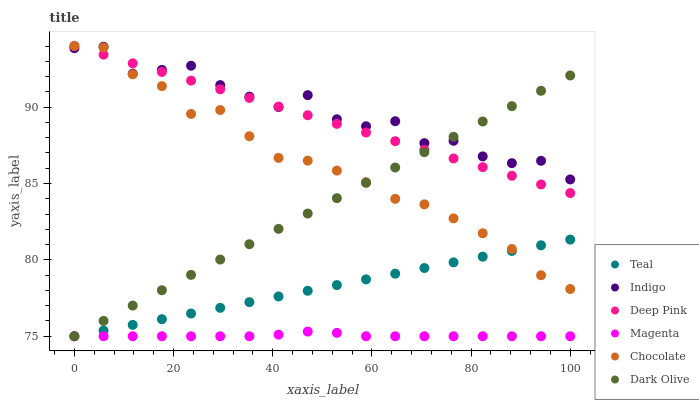
| xaxis_label | Teal | Indigo | Deep Pink | Magenta | Chocolate | Dark Olive |
 | --- | --- | --- | --- | --- | --- | --- |
 | 0 | 75 | 93.9 | 94 | 75 | 94 | 75 |
 | 5.88 | 75.4 | 94 | 93.4 | 75 | 93.9 | 76 |
 | 11.8 | 75.7 | 92.2 | 92.9 | 75 | 92.1 | 77 |
 | 17.6 | 76.1 | 92.4 | 92.3 | 75 | 91.4 | 78 |
 | 23.5 | 76.5 | 92.7 | 91.7 | 75 | 89.6 | 79 |
 | 29.4 | 76.9 | 91.4 | 91.2 | 75 | 89.8 | 80 |
 | 35.3 | 77.2 | 90.7 | 90.6 | 75 | 88.1 | 81 |
 | 41.2 | 77.6 | 90 | 90 | 75.1 | 86.7 | 82 |
 | 47.1 | 78 | 90.8 | 89.5 | 75.3 | 86.5 | 83 |
 | 52.9 | 78.3 | 89.2 | 88.9 | 75.2 | 85.8 | 84 |
 | 58.8 | 78.7 | 88.7 | 88.3 | 75 | 85.1 | 85 |
 | 64.7 | 79.1 | 89.1 | 87.8 | 75 | 84 | 86 |
 | 70.6 | 79.5 | 87.6 | 87.2 | 75 | 83.6 | 87.1 |
 | 76.5 | 79.8 | 87.8 | 86.6 | 75 | 82.7 | 88.1 |
 | 82.4 | 80.2 | 86.8 | 86.1 | 75 | 81.7 | 89.1 |
 | 88.2 | 80.6 | 86.3 | 85.5 | 75 | 80.7 | 90.1 |
 | 94.1 | 81 | 86.5 | 84.9 | 75 | 79 | 91.1 |
 | 100 | 81.3 | 85.3 | 84.4 | 75 | 78.1 | 92.1 |